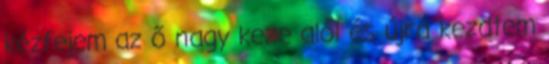
kézfejem az ő nagy keze alól és újra kezdtem